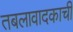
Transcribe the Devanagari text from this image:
तबलावादकाची